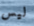
ليس